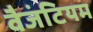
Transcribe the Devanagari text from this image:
वैजंटियम